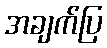
အချက်ပြ